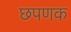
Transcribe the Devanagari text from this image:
छपणक